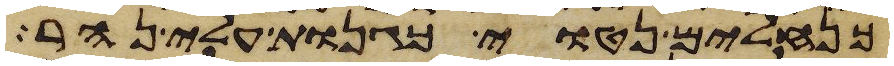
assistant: כנחלים נטוי כגנות עלי נהר